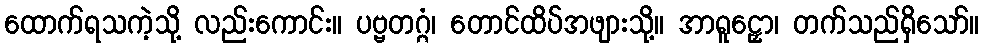
ထောက်ရသကဲ့သို့ လည်းကောင်း။ ပဗ္ဗတဂ္ဂံ၊ တောင်ထိပ်အဖျားသို့။ အာရူဠှော၊ တက်သည်ရှိသော်။